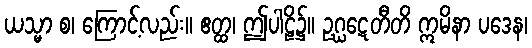
ယသ္မာ စ၊ ကြောင့်လည်း။ ဧတ္ထ၊ ဤပါဠိ၌။ ဥဂ္ဃဋေတီတိ ဣမိနာ ပဒေန၊